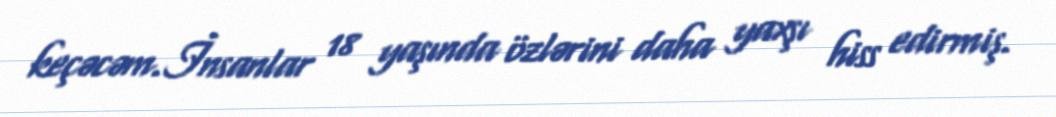
keçəcəm.İnsanlar 18 yaşında özlərini daha yaxşı hiss edirmiş.